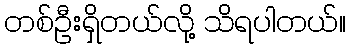
တစ်ဦးရှိတယ်လို့ သိရပါတယ်။